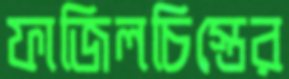
ফাজিলচিস্তের